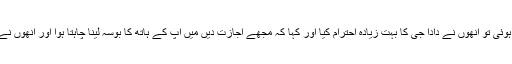
بابا جی سے ملاقات ہوئی تو انھوں نے دادا جی کا بہت زیادہ احترام کیا اور کہا کہ مجھے اجازت دیں میں آپ کے ہاتھ کا بوسہ لینا چاہتا ہوا اور انھوں نے دادا جی کا بوسہ لیا۔